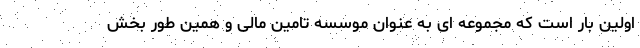
اولین بار است که مجموعه ای به عنوان موسسه تامین مالی و همین طور بخش